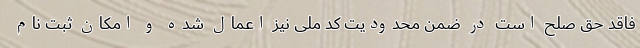
فاقد حق صلح است در ضمن محدودیت کد ملی نیز اعمال شده و امکان ثبت نام